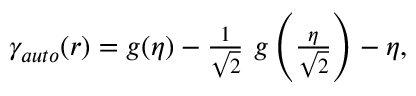
\begin{array} { r } { \gamma _ { a u t o } ( r ) = g ( \eta ) - \frac { 1 } { \sqrt { 2 } } ~ g \left( \frac { \eta } { \sqrt { 2 } } \right) - \eta , } \end{array}